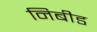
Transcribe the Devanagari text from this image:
निबीड